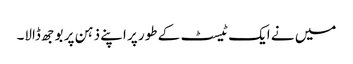
میں نے ایک ٹیسٹ کے طور پر اپنے ذہن پر بوجھ ڈالا۔